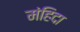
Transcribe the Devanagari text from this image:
मंहिदा